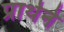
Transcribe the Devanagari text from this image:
प्रार्थने